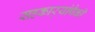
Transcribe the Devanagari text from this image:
सहकार्‍यांपैकी